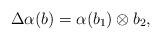
LaTeX: \begin{align*}\Delta\alpha(b)=\alpha(b_1)\otimes b_2,\end{align*}